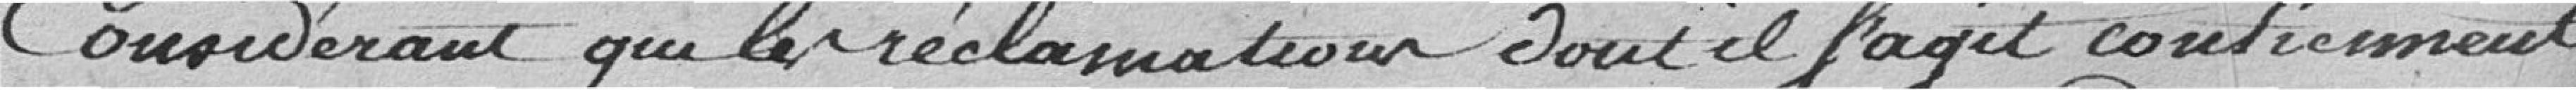
Considérant que les réclamations, dont il s'agit, contiennent